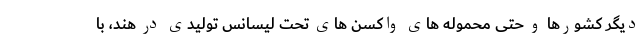
دیگر کشورها و حتی محموله های واکسن های تحت لیسانس تولیدی در هند، با